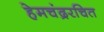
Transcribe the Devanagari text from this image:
हेमचंद्ररचित